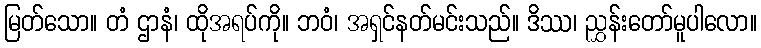
မြတ်သော။ တံ ဌာနံ၊ ထိုအရပ်ကို။ ဘဝံ၊ အရှင်နတ်မင်းသည်။ ဒိဿ၊ ညွှန်းတော်မူပါလော။